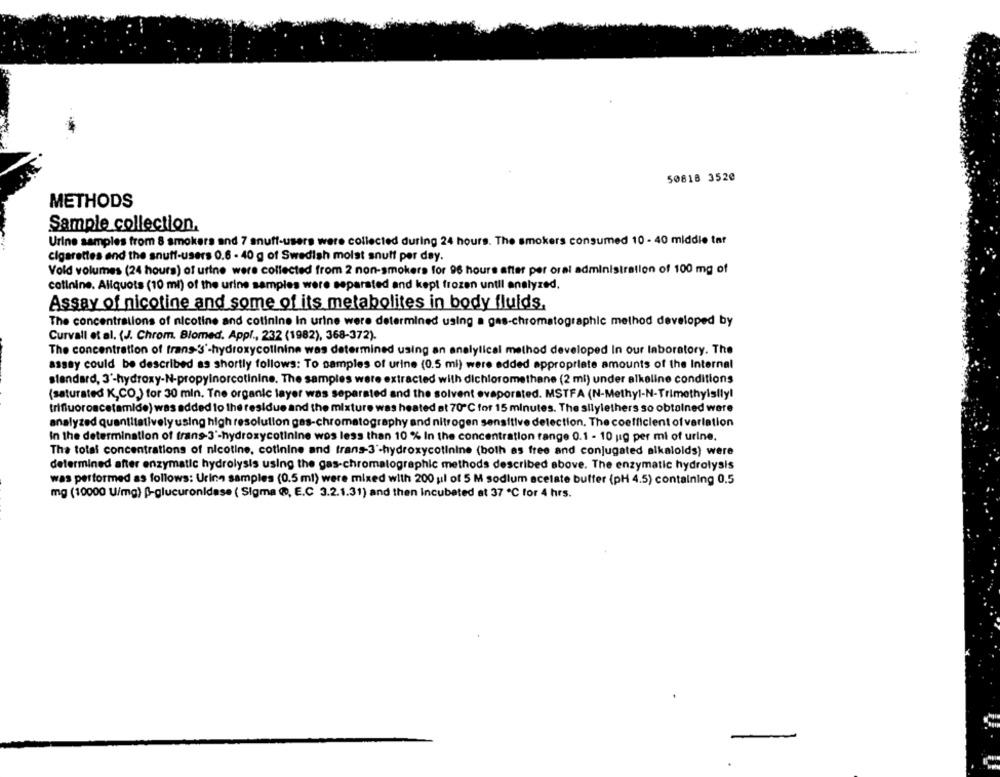
50818 3520
METHODS
Sample collection.
Urine samples from 8 smokers and 7 snuff-users were collected during 24 hours. The smokers consumed 10 - 40 middle tat
cigarettes and the snuff-users 0.6 - 40 g of Swedish moist snuff per day.
Vold volumes (24 hours) of urine were collected from 2 non-smokers for 96 hours after per oral administration of 100 mg of
cotinine. Aliquots (10 ml) of the urine samples were separated and kept frozen until analyzed,
Assay of nicotine and some of its metabolites in body fluids.
The concentrations of nicotine and cotinine In urine were determined using a gas-chromatographic method developed by
Curvall et al. (J. Chrom. Blomed. Appl ., 232 (1982), 368-372).
The concentration of trans- 3'-hydroxycollnine was determined using an analytical method developed In our laboratory. The
assay could be described as shortly follows: To samples of urine (0.5 mi) were added appropriate amounts of the Internal
standard, 3'-hydroxy-N-propyinorcotinine. The samples were extracted with dichloromethane (2 mi) under alkaline conditions
(saturated K,CO,) for 30 min. The organic layer was separated and the solvent evaporated. MSTFA (N-Methyl-N-Trimethylsily!
trifluoroacetamide) was added to the residue and the mixture was heated at 70℃ for 15 minutes. The silylethers so obtained were
analyzed quantitatively using high resolution gas-chromatography and nitrogen sensitive detection. The coefficient of varlation
In the determination of trans-3'-hydroxycotinine wos less than 10 % In the concentration range 0.1 - 10 ug per mi of urine.
The total concentrations of nicotine, cotinine and trans-3'-hydroxycotinine (both as free and conjugated alkalolds) were
determined after enzymatic hydrolysis using the gas-chromatographic methods described above. The enzymatic hydrolysis
was performed as follows: Uring samples (0.5 ml) were mixed with 200 ;il of 5 M sodium acetate buffer (pH 4.5) containing 0.5
mg (10000 U/mg) B-glucuronidase ( Sigma @, E.C 3.2.1.31) and then Incubated at 37 ℃ for 4 hrs.